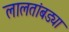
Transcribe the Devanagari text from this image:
लालतांबड्या